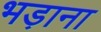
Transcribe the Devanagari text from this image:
भड़ाना